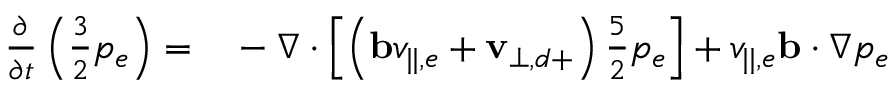
\begin{array} { r l } { \frac { \partial } { \partial t } \left( \frac { 3 } { 2 } p _ { e } \right) = } & { { } - \nabla \cdot \left[ \left( \mathbf { b } v _ { | | , e } + \mathbf { v } _ { \perp , d + } \right) \frac { 5 } { 2 } p _ { e } \right] + v _ { | | , e } \mathbf { b } \cdot \nabla p _ { e } } \end{array}